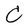
Character: C